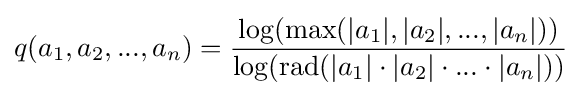
q(a_{1},a_{2},...,a_{n})={\frac {\log(\operatorname {max} (|a_{1}|,|a_{2}|,...,|a_{n}|))}{\log(\operatorname {rad} (|a_{1}|\cdot |a_{2}|\cdot ...\cdot |a_{n}|))}}